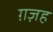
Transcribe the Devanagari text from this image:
ग़ज़ह